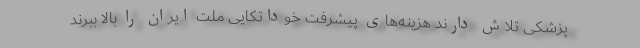
پزشکی تلاش دارند هزینه‌های پیشرفت خوداتکایی ملت ایران را بالا ببرند